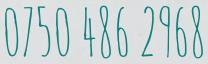
0750 486 2968